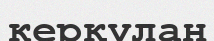
керқұлан